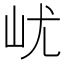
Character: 𡵔